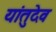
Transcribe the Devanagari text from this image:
यांतुदेव